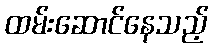
ထမ်းဆောင်နေသည့်